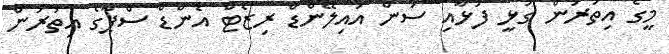
މީގެ އިތުރުން ގުޅީ ފަޅާއި ސަން އައިލޭންޑް ރިޒޯޓް އެންޑް ސްޕާގެ އިތުރުން